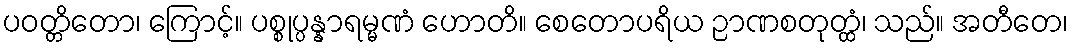
ပဝတ္တိတော၊ ကြောင့်။ ပစ္စုပ္ပန္နာရမ္မဏံ ဟောတိ။ စေတောပရိယ ဉာဏစတုတ္ထံ၊ သည်။ အတီတေ၊